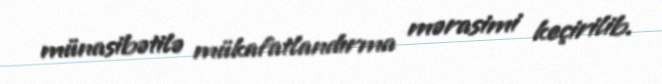
münasibətilə mükafatlandırma mərasimi keçirilib.